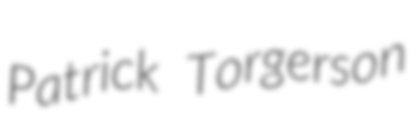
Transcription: Patrick Torgerson